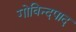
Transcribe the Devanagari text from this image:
गोविन्दपाद